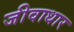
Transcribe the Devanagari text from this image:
जीवाधार